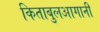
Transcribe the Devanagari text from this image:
किताबुलआगानी